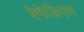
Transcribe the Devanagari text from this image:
रेमेडिएस